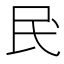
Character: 𫞖